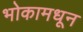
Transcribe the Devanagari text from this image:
भोकामधून